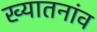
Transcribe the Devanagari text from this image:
ख्यातनांव